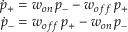
\begin{array} { r } { \dot { p } _ { + } = w _ { o n } \, p _ { - } - w _ { o f f } \, p _ { + } } \\ { \dot { p } _ { - } = w _ { o f f } \, p _ { + } - w _ { o n } \, p _ { - } } \end{array}